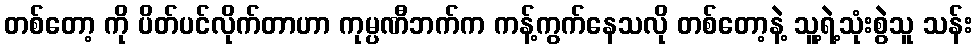
တစ်တော့ ကို ပိတ်ပင်လိုက်တာဟာ ကုမ္ပဏီဘက်က ကန့်ကွက်နေသလို တစ်တော့နဲ့ သူ့ရဲ့သုံးစွဲသူ သန်း